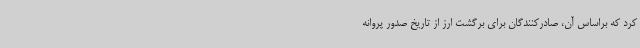
کرد که براساس آن، صادرکنندگان برای برگشت ارز از تاریخ صدور پروانه